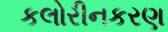
કલોરીનકરણ